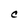
Character: C